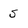
Character: 5